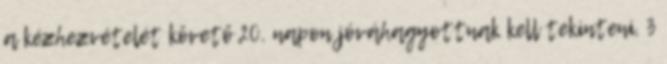
a kézhezvételét követő 20. napon jóváhagyottnak kell tekinteni. 3